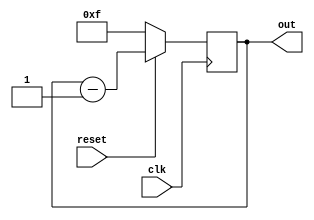

//************************** 4 bit down counter **************************//
//************************************************************************//
module down_counter(output reg [3:0]out,input clk,input reset);

always @(posedge clk)
begin
if(!reset)
out <= 4'b1111;
else
begin
out <= out - 1 ;
end
end
endmodule

module test_down;
wire [3:0] out;
reg clk,reset;

down_counter a1(out,clk,reset);

initial
begin
clk = 0;
#1reset = 0;
#10 reset = 1'b1;
#23 reset =0;
#7 reset =1;
end
always #5 clk = ~clk;
endmodule